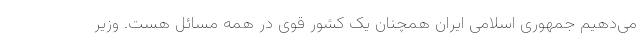
می‌دهیم جمهوری اسلامی ایران همچنان یک کشور قوی در همه مسائل هست. وزیر